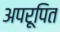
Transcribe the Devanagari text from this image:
अपरूपित